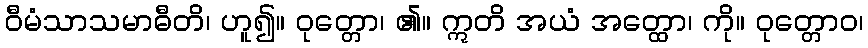
ဝီမံသာသမာဓီတိ၊ ဟူ၍။ ဝုတ္တော၊ ၏။ ဣတိ အယံ အတ္ထော၊ ကို။ ဝုတ္တောဝ၊